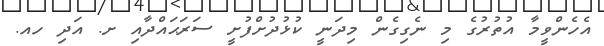
އެހެންވީމާ އުތުރުގެ މި ނެގިގެން މިދަނީ ކުޅުދުށްފުށީ ސަރަޙައްދާއި ށ. އަދި ހއ.